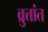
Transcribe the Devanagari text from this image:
व्रुत्तांत